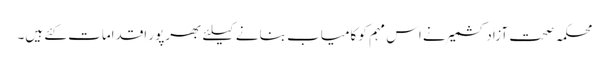
محکمہ صحت آزادکشمیر نے اس مہم کو کامیاب بنانے کیلئے بھرپور اقدامات کئے ہیں۔